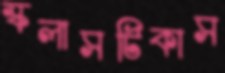
স্কলাসটিকাস